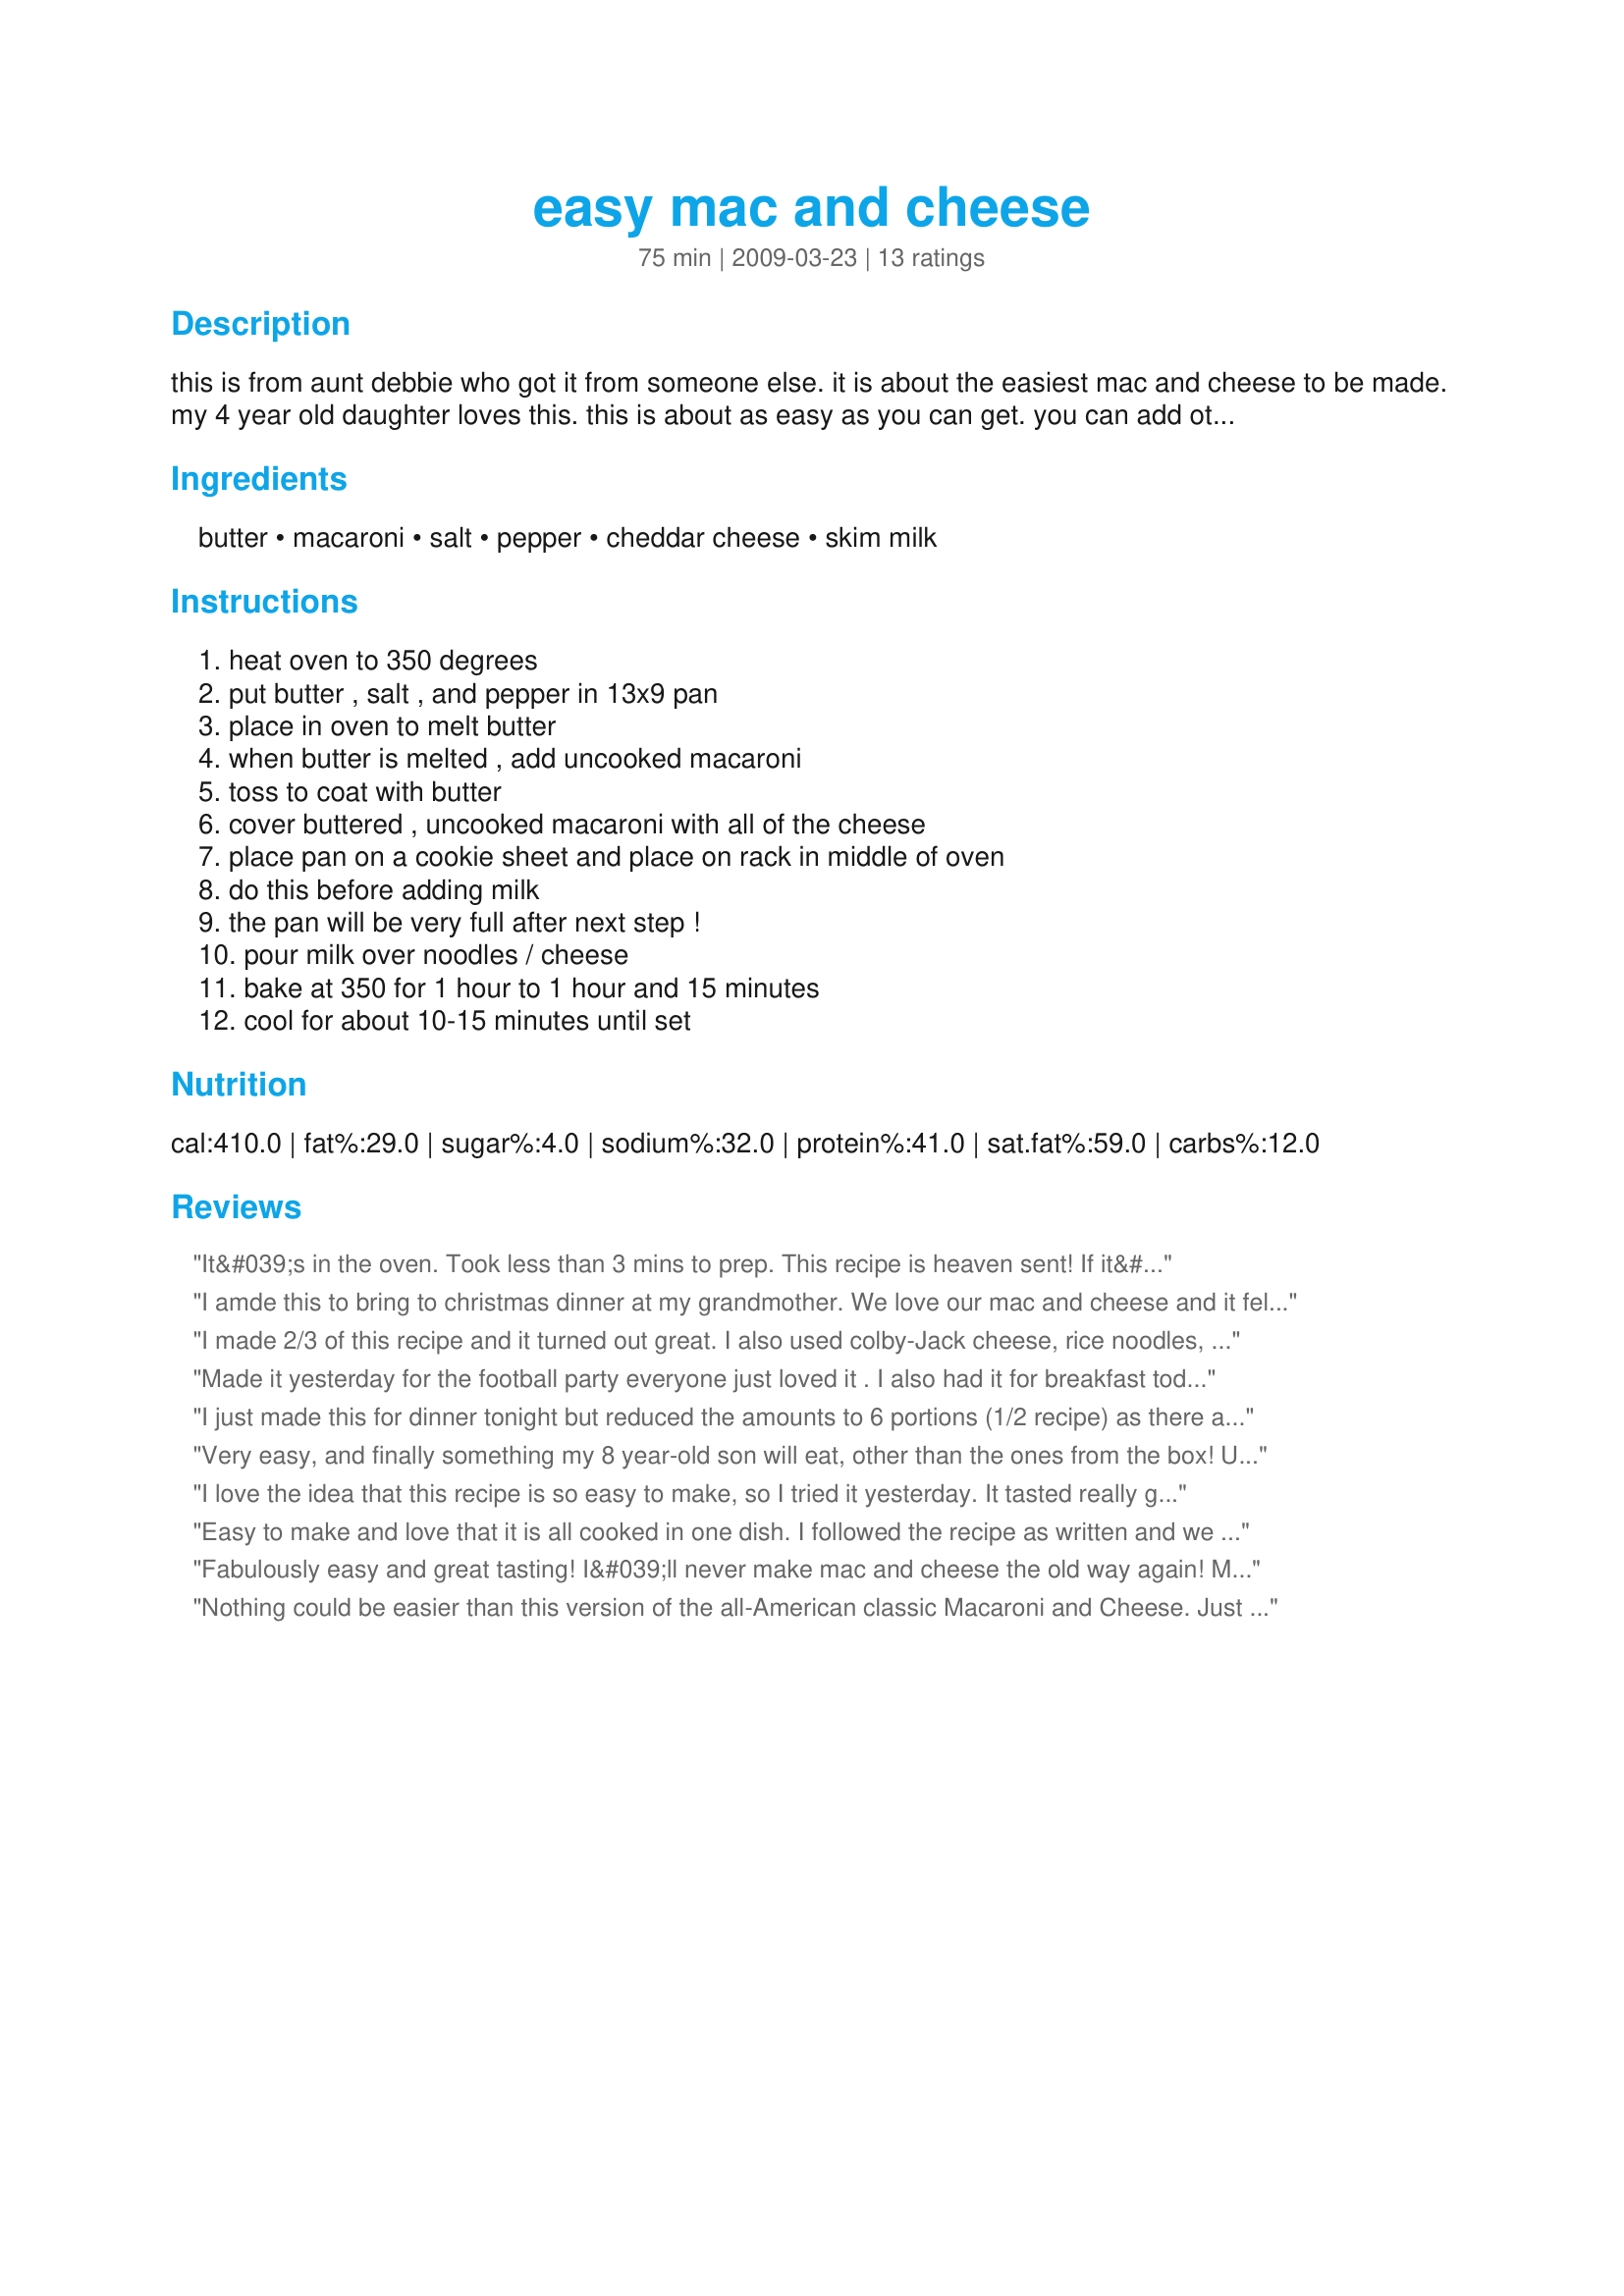
easy mac and cheese
Preparation time: 75 minutes

this is from aunt debbie who got it from someone else. it is about the easiest mac and cheese to be made. my 4 year old daughter loves this. this is about as easy as you can get. you can add other ingredients after about 45 minutes according to my sister in law. i like it just with cheese.

Ingredients:
butter, macaroni, salt, pepper, cheddar cheese, skim milk

Steps:
heat oven to 350 degrees, put butter , salt , and pepper in 13x9 pan, place in oven to melt butter, when butter is melted , add uncooked macaroni, toss to coat with butter, cover buttered , uncooked macaroni with all of the cheese, place pan on a cookie sheet and place on rack in middle of oven, do this before adding milk, the pan will be very full after next step !, pour milk over noodles / cheese, bake at 350 for 1 hour to 1 hour and 15 minutes, cool for about 10-15 minutes until set

Reviews:
It&#039;s in the oven. Took less than 3 mins to prep. This recipe is heaven sent! If it&#039;s as good as yall say I will be extremely excited! I was bummed because all I had in the pantry was veggie pasta. But I decided to use it anyway. I am so excited! I will let you know how it turns out!
I amde this to bring to christmas dinner at my grandmother. We love our mac and cheese and it fell on me to make it this year. THIS IS PHENOMINAL!!! I was a touch worried with all the pepper, but it was perfect! My very picky uncle (who usually makes the mac & cheese) said "it's nothing like I've ever tasted before, but it's out of this world!" The only change I made was using 1% milk.
p.s there weren't any leftovers.
I made 2/3 of this recipe and it turned out great. I also used colby-Jack cheese, rice noodles, and whole milk instead of skim. My cooking time was about 50 minutes. Overall, this was a very easy recipe and it worked out great. In the future, I might try adding some veggies, like broccoli to it, and I would suggest using cheese that you have to grate (w/food-processor), rather than the per-shredded types, I think it will come out creamier.
Made it yesterday for the football party everyone just loved it . I also had it for breakfast today yummy Thaks
I just made this for dinner tonight but reduced the amounts to 6 portions (1/2 recipe) as there are 2 of us on most days. I also reduced the milk a smidge more than 1/2 as other reviewers mentioned. The taste is very good, the colors are lovely, a creamy white interior and a crusty golden top. I used a combo of mozzerella and monteray jack cheese as that is what I had. Because I made only 1/2 the recipe I cut the time down to 40 min with the bell going off at 30 min to check in. SO GLAD I DID! It was done, noodles are just before too soft and the colors of the outer crust/rim in the beginning stage of brown. So I took a taste....Lovely! Creamy taste, just like old fashioned mac and cheese. This is a keeper and next time I will make the full batch as I think this could be great for lunch leftovers for me for a week.
Very easy, and finally something my 8 year-old son will eat, other than the ones from the box! Used 7 c milk (1 c less), based on reviews. Delicious.
I love the idea that this recipe is so easy to make, so I tried it yesterday. <br/>It tasted really good, but somehow it ended up swimming in lots and lots of extra liquid and the pasta was mushy. I think I could have used half the milk and still had it come out good. <br/>I wonder what I did differently from everyone else? I used all the ingredients in the proportions that were listed in the recipe.<br/>I'm definitely going to try it again, using way less milk and I'll rate the recipe then.
Easy to make and love that it is all cooked in one dish. I followed the recipe as written and we all enjoyed this mac and cheese. Made for Fall PAC 2009.
Fabulously easy and great tasting! I&#039;ll never make mac and cheese the old way again! My mother-in-law made this and solved our &quot;emergency&quot; need for Thanksgiving!
Nothing could be easier than this version of the all-American classic Macaroni and Cheese. Just dump it all into the baking dish, put it in a preheated oven and wait for it to bake to perfection. Loved it! Thanks, Kaitlinsmom. Made for 2009 Fall Pick-A-Chef.
I have the original of this recipe from March 23, 2009 !! I have been making this same recipe ever since then --- it is my go-to recipe for Mac &amp; Cheese. I love it and so do others that I make it for ! It's the only recipe I can find that eliminates cooking the macaroni first !! It is so simple and quick --- and best of all, Yummmmy !!!
Holy mackerel! Loved the ease of this dish. Tasted just like old fashioned mac & cheese that took forever to put together before you even baked it! Will use this recipe frequently. Thnx for sharing, Kaitlinsmom. Made for PAC Fall 2009.
This was awesome! We took it to a potluck and it was one of the first dishes gone. I did add garlic powder and onion flakes to it, which make it taste great. It was easy to make and cant wait to make it again!
